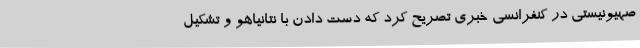
صهیونیستی در کنفرانسی خبری تصریح کرد که دست دادن با نتانیاهو و تشکیل